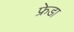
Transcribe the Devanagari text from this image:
फ्रेडा